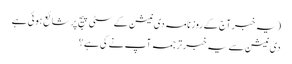
(یہ خبر آج کے روزنامہ دی نیشن کے سٹی پیج پر شائع ہوئی ہے
دی نیشن سے یہ خبر ترجمہ آپ نے کی ہے؟